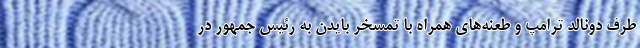
طرف دونالد ترامپ و طعنه‌های همراه با تمسخر بایدن به رئیس جمهور در